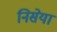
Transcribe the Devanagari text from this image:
निसेया